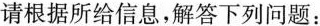
请根据所给信息，解答下列问题：